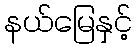
နယ်မြေနှင့်